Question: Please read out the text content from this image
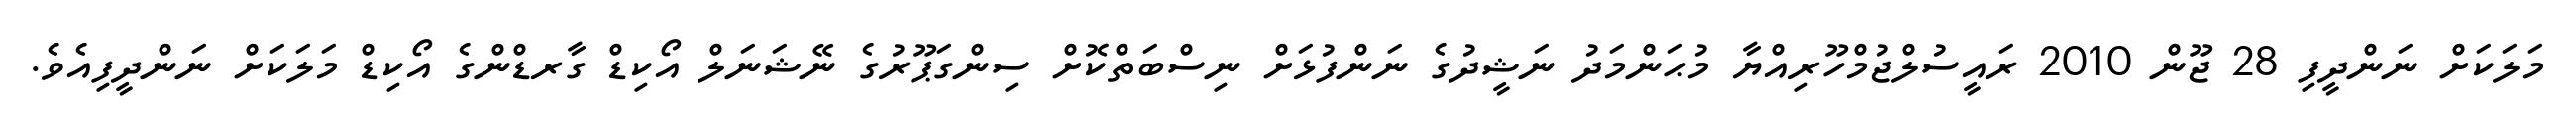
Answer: މަލަކަށް ނަންދީފި 28 ޖޫން 2010 ރައީސުލްޖުމްހޫރިއްޔާ މުޙަންމަދު ނަޝީދުގެ ނަންފުޅަށް ނިސްބަތްކޮށް ސިންގަޕޫރުގެ ނޭޝަނަލް އޯކިޑް ގާރޑްންގެ އޯކިޑް މަލަކަށް ނަންދީފިއެވެ.